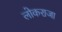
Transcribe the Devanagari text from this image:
लोकराजा